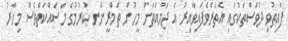
ފާއިތުވި ދުވަސްތަކުގައި އެތެރެވެފައިވާއިރު އެ ޖަމާއަތަށް މީހުން ތަމްރީނުނ ކުރުމުގެ މަސައްކަތްވެސް މިހާރު